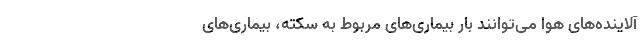
آلاینده‌های هوا می‌توانند بار بیماری‌های مربوط به سکته، بیماری‌های